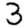
Digit: 3